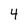
Character: 4